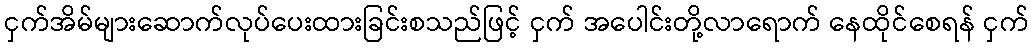
ငှက်အိမ်များဆောက်လုပ်ပေးထားခြင်းစသည်ဖြင့် ငှက် အပေါင်းတို့လာရောက် နေထိုင်စေရန် ငှက်